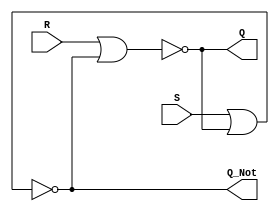
module sr_latch
(
    input S,
    input R,
    output Q,
    output Q_Not
);

wire norWire1, norWire2;

nor nor1(norWire1, R, norWire2);
nor nor2(norWire2, S, norWire1);

buf bufQ(Q, norWire1);
buf bufQNot(Q_Not, norWire2);

endmodule